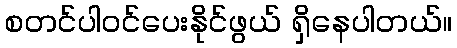
စတင်ပါဝင်ပေးနိုင်ဖွယ် ရှိနေပါတယ်။